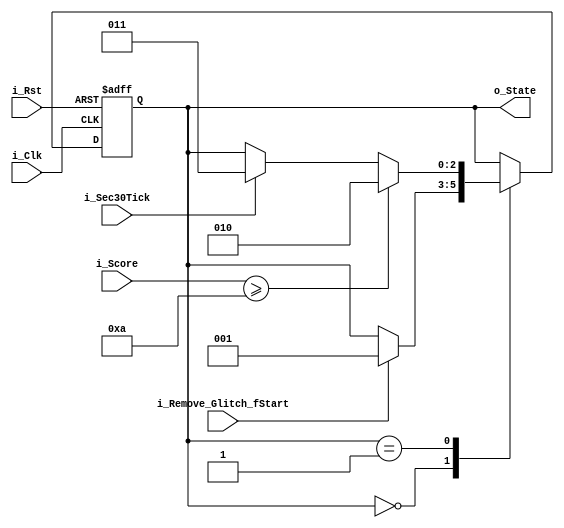
module FSM(i_Clk, i_Rst, i_Remove_Glitch_fStart, i_Score, i_Sec30Tick, o_State);

input i_Clk, i_Rst;
input i_Remove_Glitch_fStart;
input [4:0] i_Score;
input i_Sec30Tick;
output [2:0] o_State;

//Parameters
parameter state_idle = 3'b000;
parameter state_game_start = 3'b001;
parameter state_game_clear = 3'b010;
parameter state_game_fail = 3'b011;

reg[2:0] c_State, n_State;

always @ (posedge i_Clk or negedge i_Rst) begin
    if(~i_Rst) c_State <= state_idle;
    else c_State <= n_State;
end

// if fStart in >> game_start // Score >=10 >> game_clear // Sec30Tick >> game_fail
always @ (*) begin
    case(c_State)
        state_idle: begin
            if(i_Remove_Glitch_fStart) n_State = state_game_start;
            else n_State = c_State;
        end
        state_game_start: begin
            if(i_Score >= 5'd10) n_State = state_game_clear;
            else if(i_Sec30Tick) begin
                n_State = state_game_fail;
            end
            else n_State = c_State;
        end
        default: n_State = c_State;
    endcase
end
    
    
assign o_State = c_State;

endmodule